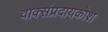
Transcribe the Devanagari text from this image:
वाक्संप्रदायकोश